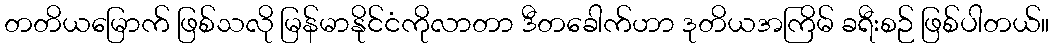
တတိယမြောက် ဖြစ်သလို မြန်မာနိုင်ငံကိုလာတာ ဒီတခေါက်ဟာ ဒုတိယအကြိမ် ခရီးစဉ် ဖြစ်ပါတယ်။